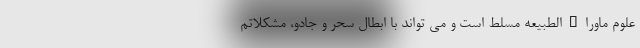
علوم ماوراءالطبیعه مسلط است و می تواند با ابطال سحر و جادو، مشکلاتم